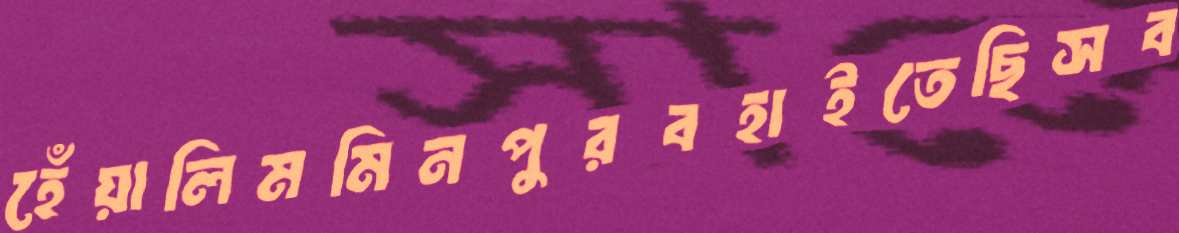
হেঁয়ালিমমিনপুরবহাইতেছিসব